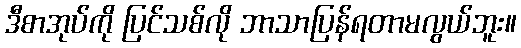
ဒီစာအုပ်ကို ပြင်သစ်လို ဘာသာပြန်ရတာမလွယ်ဘူး။